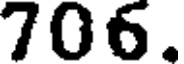
706.